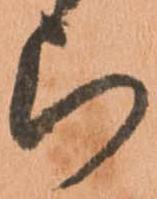
ら